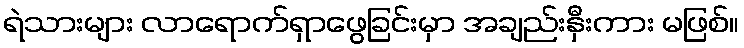
ရဲသားများ လာရောက်ရှာဖွေခြင်းမှာ အချည်းနှီးကား မဖြစ်။